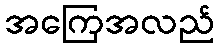
အကြေအလည်